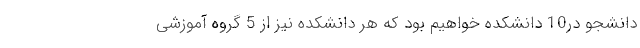
دانشجو در10 دانشكده خواهیم بود كه هر دانشكده نیز از 5 گروه آموزشی